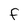
Character: F